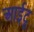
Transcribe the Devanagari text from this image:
आईटू